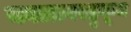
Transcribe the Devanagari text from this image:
काळाबरहुकूम